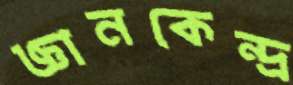
জ্ঞানকেন্দ্র